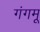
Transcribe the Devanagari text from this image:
गंगमू